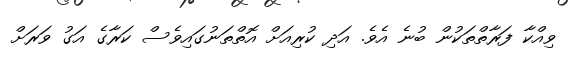
ވިއްކާ ފަރާތްތަކުން ބުނެ އެވެ. އަދި ކުރިއަށް އޮތްތަނުގައިވެސް ކަރާގެ އަގު ވަރަށް